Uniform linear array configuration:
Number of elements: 48
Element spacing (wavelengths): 0.75
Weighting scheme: hann
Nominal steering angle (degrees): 45
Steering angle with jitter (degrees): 44.575
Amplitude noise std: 0.05
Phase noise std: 0.05

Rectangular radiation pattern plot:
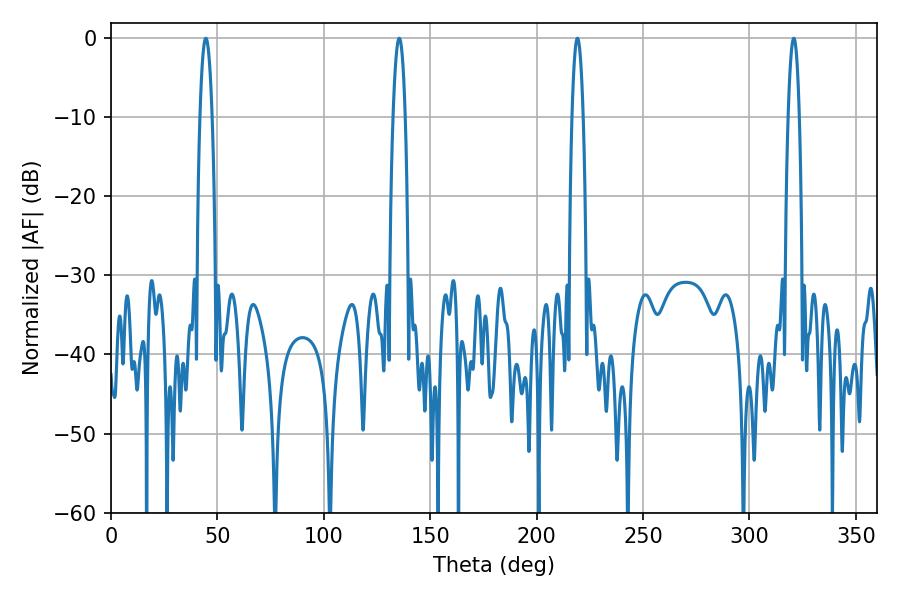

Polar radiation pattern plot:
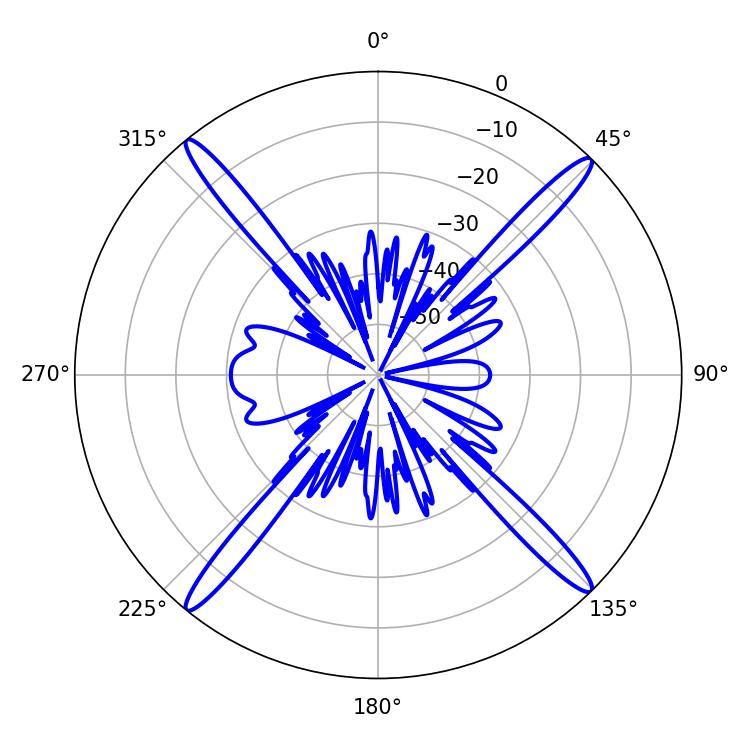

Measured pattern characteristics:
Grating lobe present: TRUE
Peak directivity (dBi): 21.44
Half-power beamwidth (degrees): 3.06
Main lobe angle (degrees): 44.64